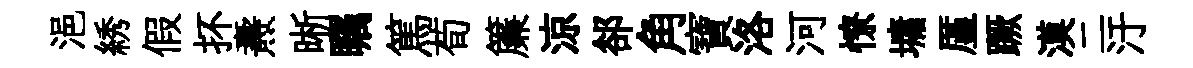
浥綉假抔燾晰瞩篤荀簾涼郤角寶洛河憭墉厪蹶漠二汙